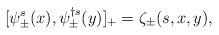
LaTeX: \begin{align*}[\psi_{\pm}^{s}(x) , \psi_{\pm}^{\dagger s}(y)]_{+}=\zeta_{\pm} (s,x,y),\end{align*}